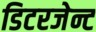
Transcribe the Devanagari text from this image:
डिटरजेन्ट